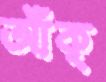
আঁক্